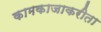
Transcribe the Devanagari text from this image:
कामकाजाकरीता